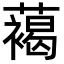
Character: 䕣